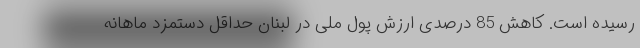
رسیده است. کاهش 85 درصدی ارزش پول ملی در لبنان حداقل دستمزد ماهانه